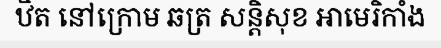
ឋិត នៅក្រោម ឆត្រ សន្តិសុខ អាមេរិកាំង